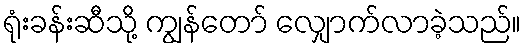
ရုံးခန်းဆီသို့ ကျွန်တော် လျှောက်လာခဲ့သည်။